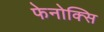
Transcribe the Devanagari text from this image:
फेनोक्सि